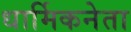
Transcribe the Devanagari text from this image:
धार्मिकनेता